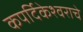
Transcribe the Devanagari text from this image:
कपर्दिकेश्वराचे